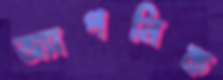
অ্যাপনিক